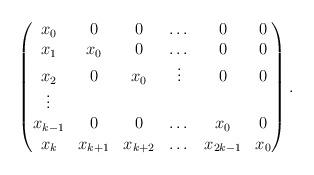
LaTeX: \begin{align*}\begin{pmatrix}x_0&0&0&\dots &0&0\\x_1&x_0&0&\dots&0&0\\x_2&0&x_0&\vdots&0&0\\\vdots&&&&&\\x_{k-1}&0&0&\dots&x_0&0 \\x_k&x_{k+1}&x_{k+2}&\dots &x_{2k-1}&x_0\end{pmatrix}.\end{align*}